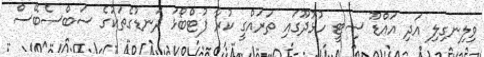
ވިލިނގިލި އަދި އައްޑޫ ސިޓީ ހުޅުދޫގައި ތަރައްގީ ކުރާ ފުޓްބޯޅަ ދަނޑުގެތަކުގެ ސަބްސެބޭސް